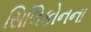
સિલિકોનના